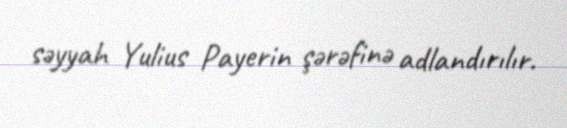
səyyah Yulius Payerin şərəfinə adlandırılır.